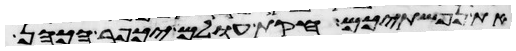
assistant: את נפשתיכם חקות עולם יכפר הכהן